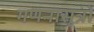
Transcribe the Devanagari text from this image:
गणनासूत्रों